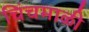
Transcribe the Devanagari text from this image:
चिंचमाळी